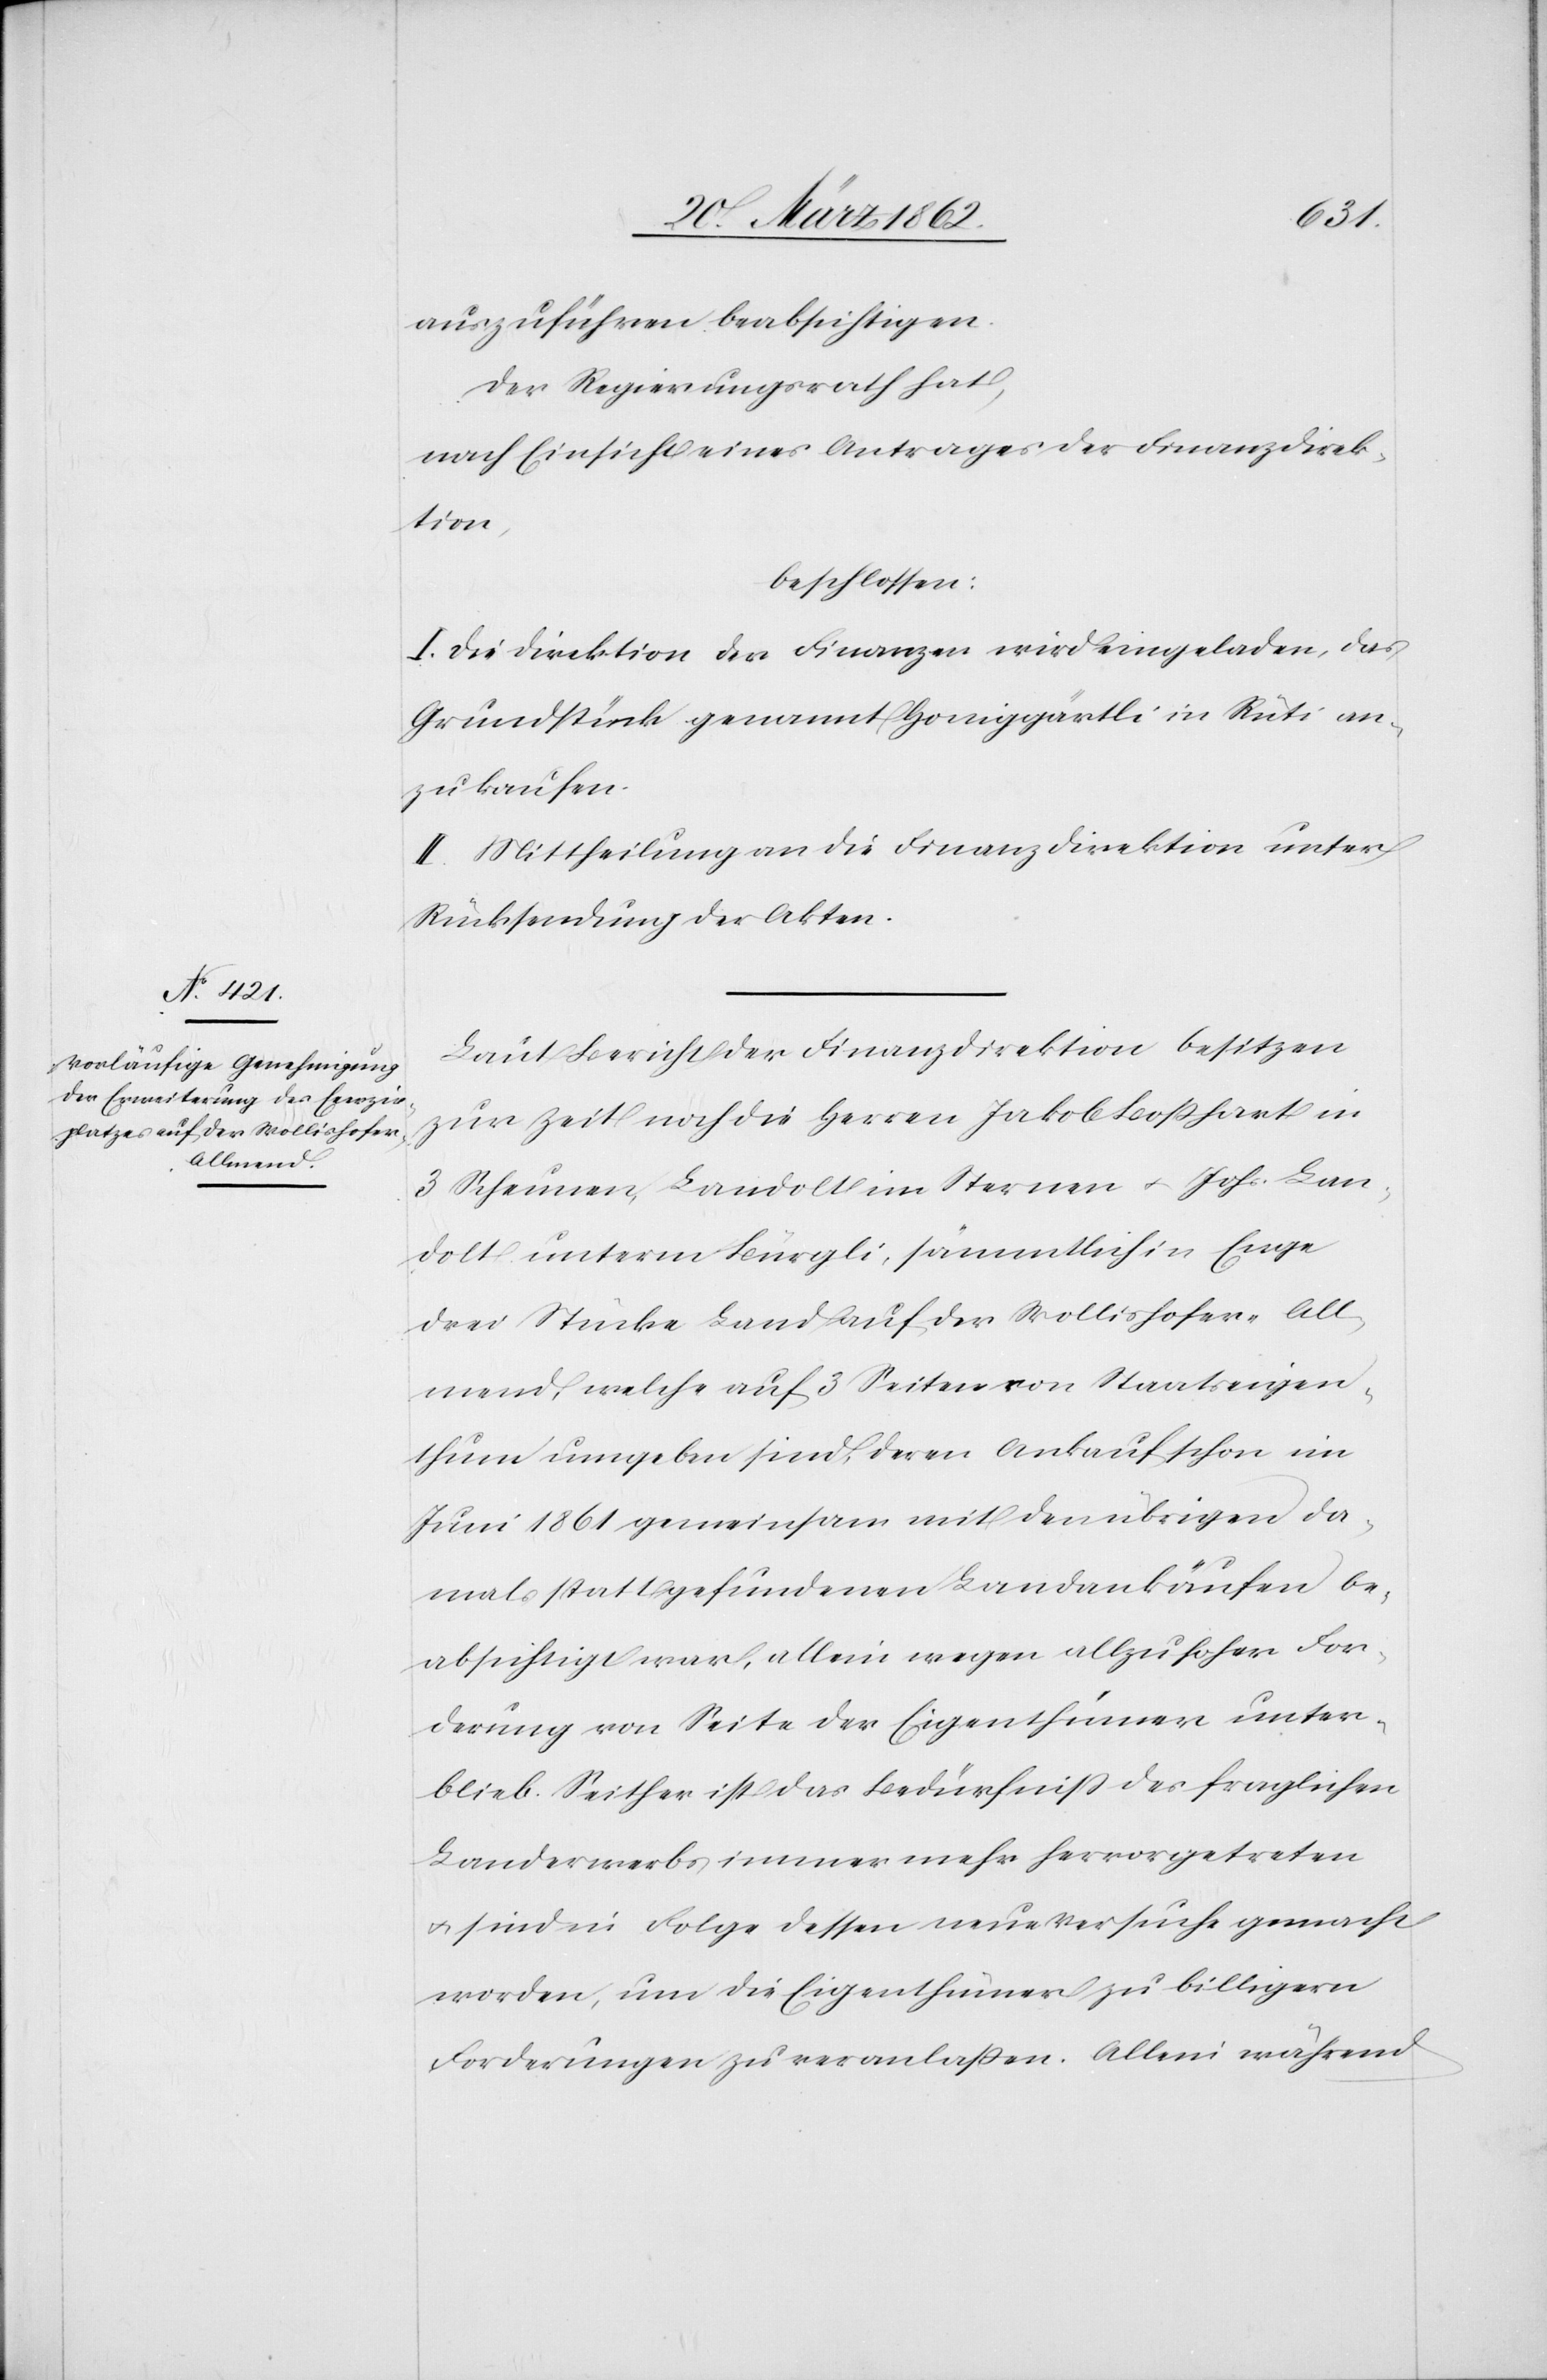
auszuführen beabsichtigen.
Der Regierungsrath hat,
nach Einsicht eines Antrages der Finanzdirek¬
tion,
beschlossen:
I. Die Direktion der Finanzen wird eingeladen, das
Grundstück genannt Honiggärtli in Rüti an¬
zukaufen.
II. Mittheilung an die Finanzdirektion unter
Rücksendung der Akten.
Laut Bericht der Finanzdirektion besitzen
zur Zeit noch die Herren Jakob Boßhart in
3 Scheunen, Landolt im Sternen u. Johs. Lan¬
dolt unterm Bürgli, sämmtlich in Enge
drei Stücke Land auf der Wollishofer-All¬
mend, welche auf 3 Seiten von Staatseigen¬
thum umgeben sind, deren Ankauf schon im
Juni 1861 gemeinsam mit den übrigen da¬
mals statt gefundenen Landankäufen be¬
absichtigt war, allein wegen allzu hoher For¬
derung von Seite der Eigenthümer unter¬
blieb. Seither ist das Bedürfniß des fraglichen
Landerwerbs immer mehr hervorgetreten
u. sind in Folge dessen neue Versuche gemacht
worden, um die Eigenthümer zu billigern
Forderungen zu veranlaßen. Allein während